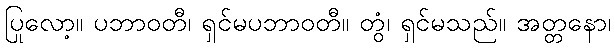
ပြုလော့။ ပဘာဝတီ၊ ရှင်မပဘာဝတီ။ တွံ၊ ရှင်မသည်။ အတ္တနော၊